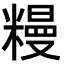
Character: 䊡